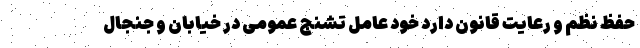
حفظ نظم و رعایت قانون دارد خود عامل تشنج عمومی در خیابان و جنجال‌